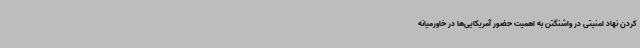
کردن نهاد امنیتی در واشنگتن به اهمیت حضور آمریکایی‌ها در خاورمیانه